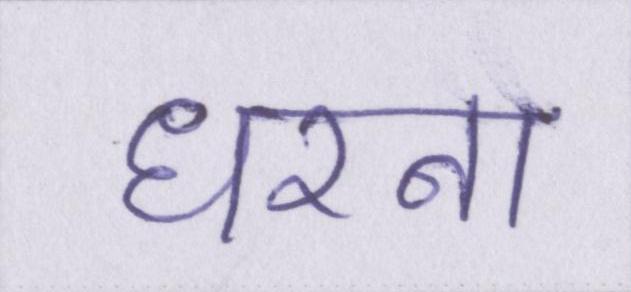
धरना